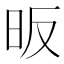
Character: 昄